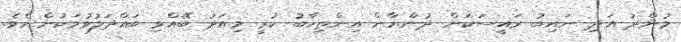
މުންދު އަދި ނައިބު ރައީސަކަށް ދުންޔާން އިންތިހާބު ކުރީ މިއަދު ބޭއްވި ބައްދަލުވުމަކުންނެވެ.